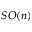
S O ( n )